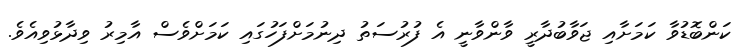
ކަންބޮޑުވާ ކަމަށާއި ޖަވާބުދާރީ ވާންވާނީ އެ ފުރުސަތު ދިނުމަށްފަހުގައި ކަމަށްވެސް އާމިރު ވިދާޅުވިއެވެ.